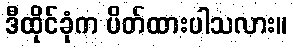
ဒီထိုင်ခုံက ပိတ်ထားပါသလား။